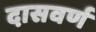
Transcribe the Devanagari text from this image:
दासवर्ण